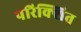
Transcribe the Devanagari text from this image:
परिक्शित